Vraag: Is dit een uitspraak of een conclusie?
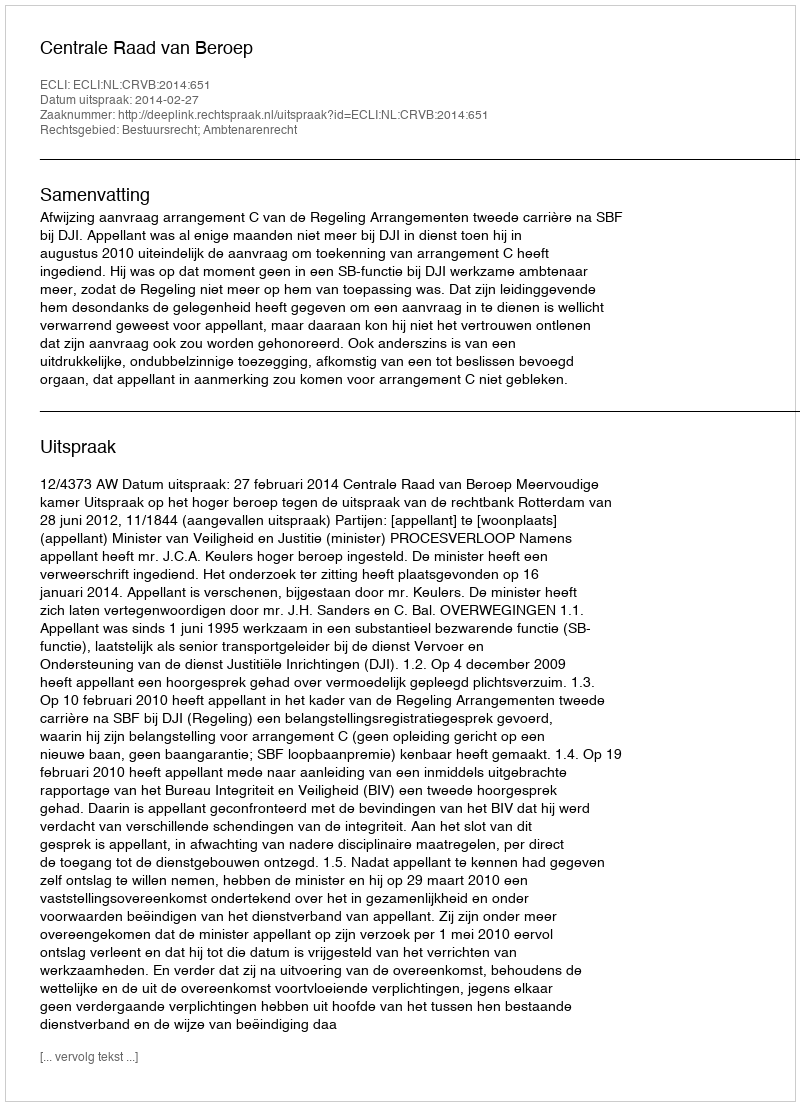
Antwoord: Uitspraak